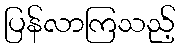
ပြန်လာကြသည့်